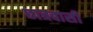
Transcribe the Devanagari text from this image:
छात्रवासी